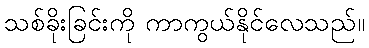
သစ်ခိုးခြင်းကို ကာကွယ်နိုင်လေသည်။